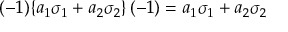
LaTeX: ( - 1 ) \{ a _ { 1 } \sigma _ { 1 } + a _ { 2 } \sigma _ { 2 } \} \, ( - 1 ) = a _ { 1 } \sigma _ { 1 } + a _ { 2 } \sigma _ { 2 }